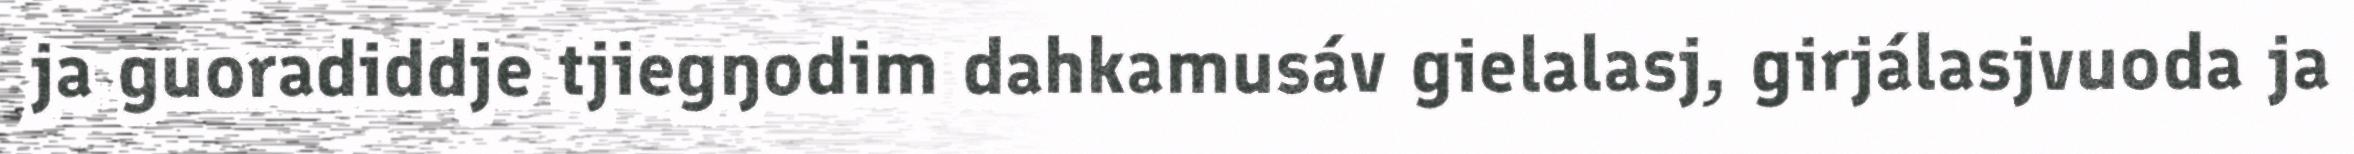
ja guoradiddje tjiegŋodim dahkamusáv gielalasj, girjálasjvuoda ja